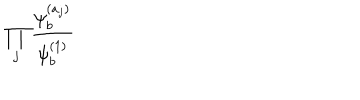
\prod _ { j } { \frac { \psi _ { b } ^ { ( a _ { j } ) } } { \psi _ { b } ^ { ( 1 ) } } }